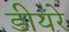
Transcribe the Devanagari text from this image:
डीयरे